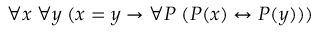
\forall x \; \forall y \; ( x = y \rightarrow \forall P \; ( P ( x ) \leftrightarrow P ( y ) ) )